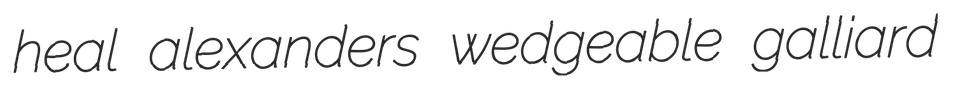
heal alexanders wedgeable galliard